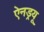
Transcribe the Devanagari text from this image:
ऐनड्रयू